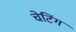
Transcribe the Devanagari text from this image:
चेटिंग